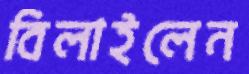
বিলাইলেন